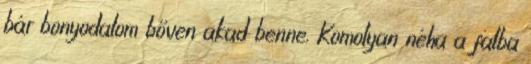
bár bonyodalom bőven akad benne. Komolyan néha a falba